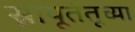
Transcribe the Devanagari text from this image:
स्नायूतंतूच्या